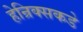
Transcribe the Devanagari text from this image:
हेन्रिक्सकडे